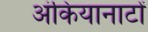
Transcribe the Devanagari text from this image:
अंकियानाटों